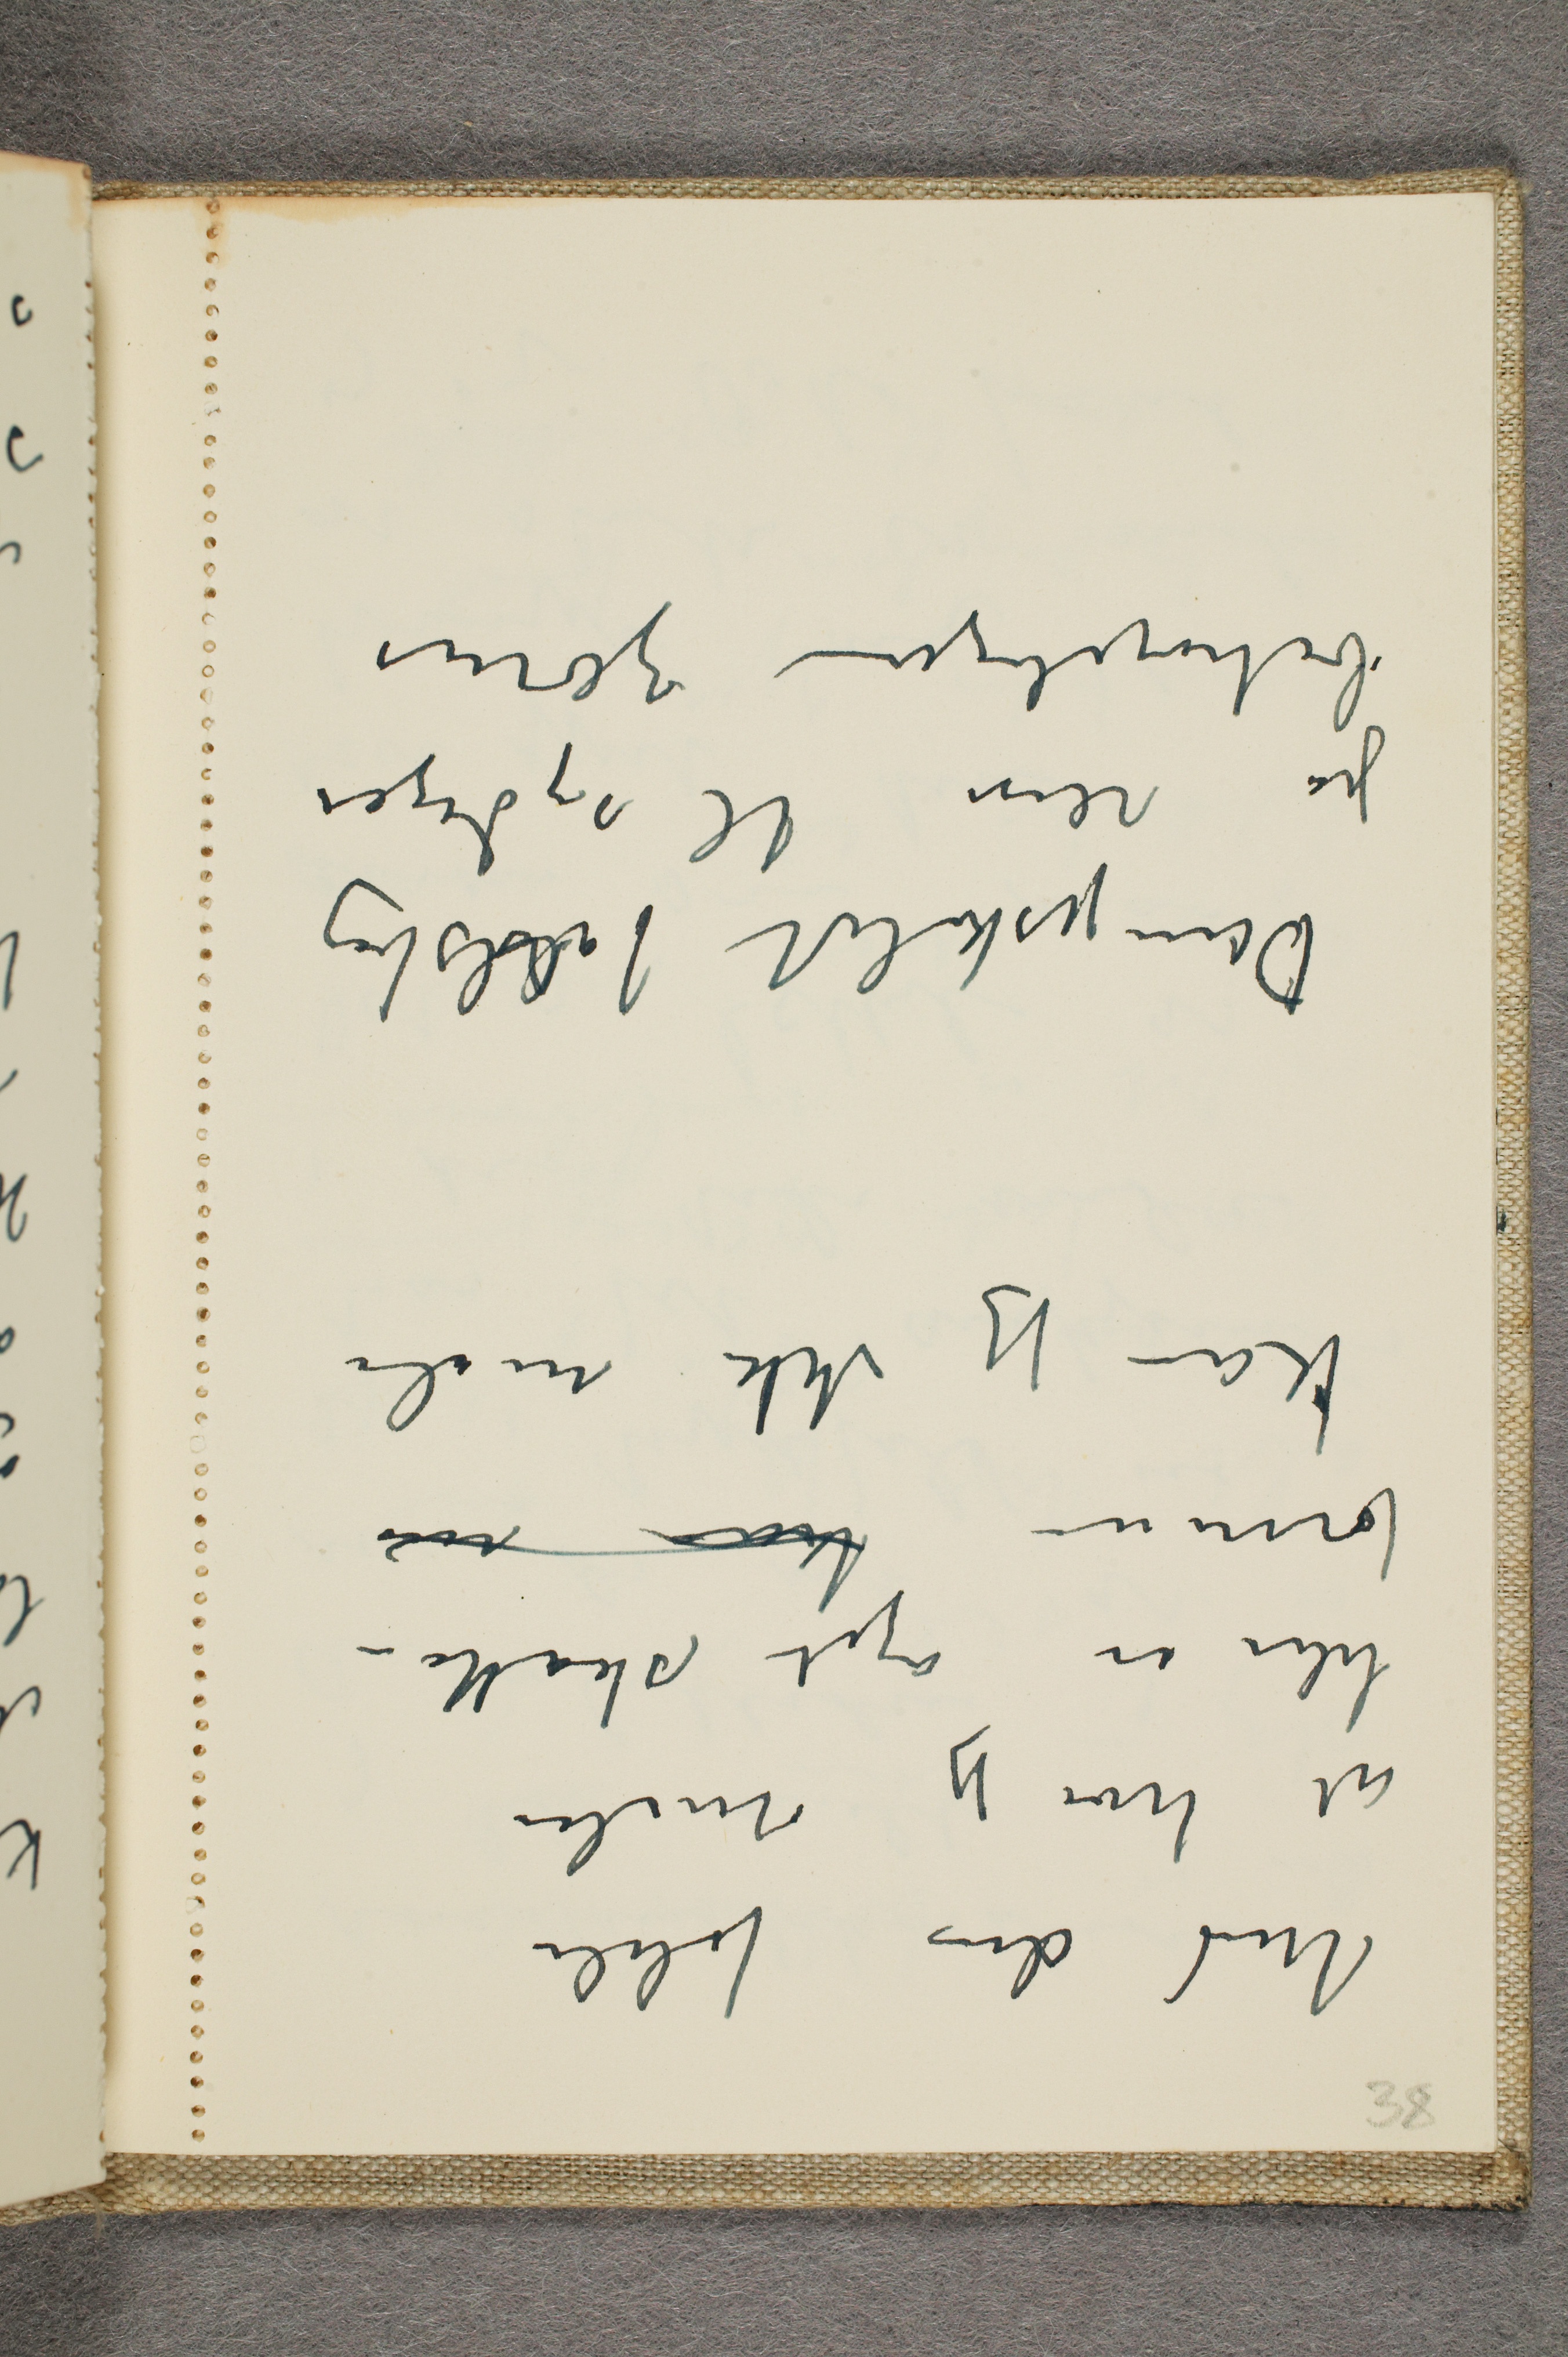
Med den følelse
at hva jeg maler
blir en øget skatte-
formue kan m
kan jeg ikke male
Dampskibet Jalsberg
på reise til sydligere
behageligere zoner